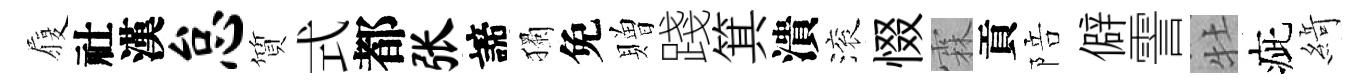
履社漢怠質式都张諦獨免贈踐箕潰滚惙霖貢陪僻霅牡疵𦂶